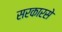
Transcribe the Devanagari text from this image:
सरकारसे